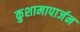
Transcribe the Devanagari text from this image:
कुशामापार्जन